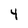
Character: 4